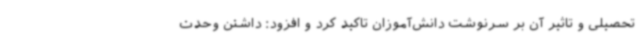
تحصیلی و تاثیر آن بر سرنوشت دانش‌آموزان تاکید کرد و افزود: داشتن وحدت